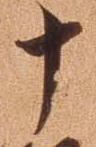
十